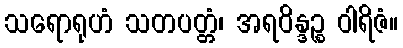
သရောရုဟံ သတပတ္တံ၊ အရဝိန္ဒဉ္စ ဝါရိဇံ။